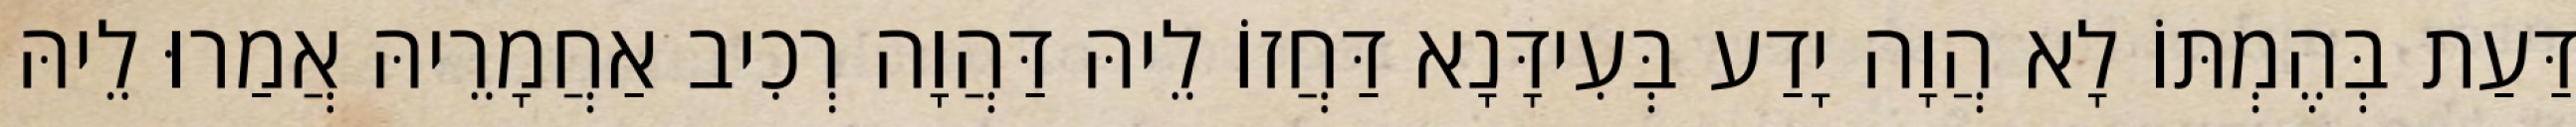
דַּעַת בְּהֶמְתּוֹ לָא הֲוָה יָדַע בְּעִידָּנָא דַּחֲזוֹ לֵיהּ דַּהֲוָה רְכִיב אַחֲמָרֵיהּ אֲמַרוּ לֵיהּ